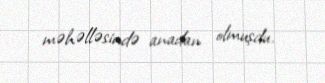
məhəlləsində anadan olmuşdu.